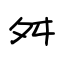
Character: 舛